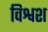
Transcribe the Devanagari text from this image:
विश्वश